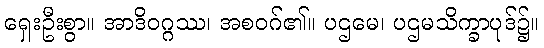
ရှေးဦးစွာ။ အာဒိဝဂ္ဂဿ၊ အစဝဂ်၏။ ပဌမေ၊ ပဌမသိက္ခာပုဒ်၌။